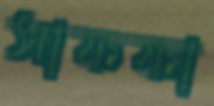
সাফফা